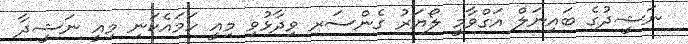
ނަޝީދުގެ ބައިނަލް އަަގްވާމީ ލޯޔަރު ގެންސަރ ވިދާޅުވި މިއީ ހަމައެކަނި މިއީ ނަޝީދާ